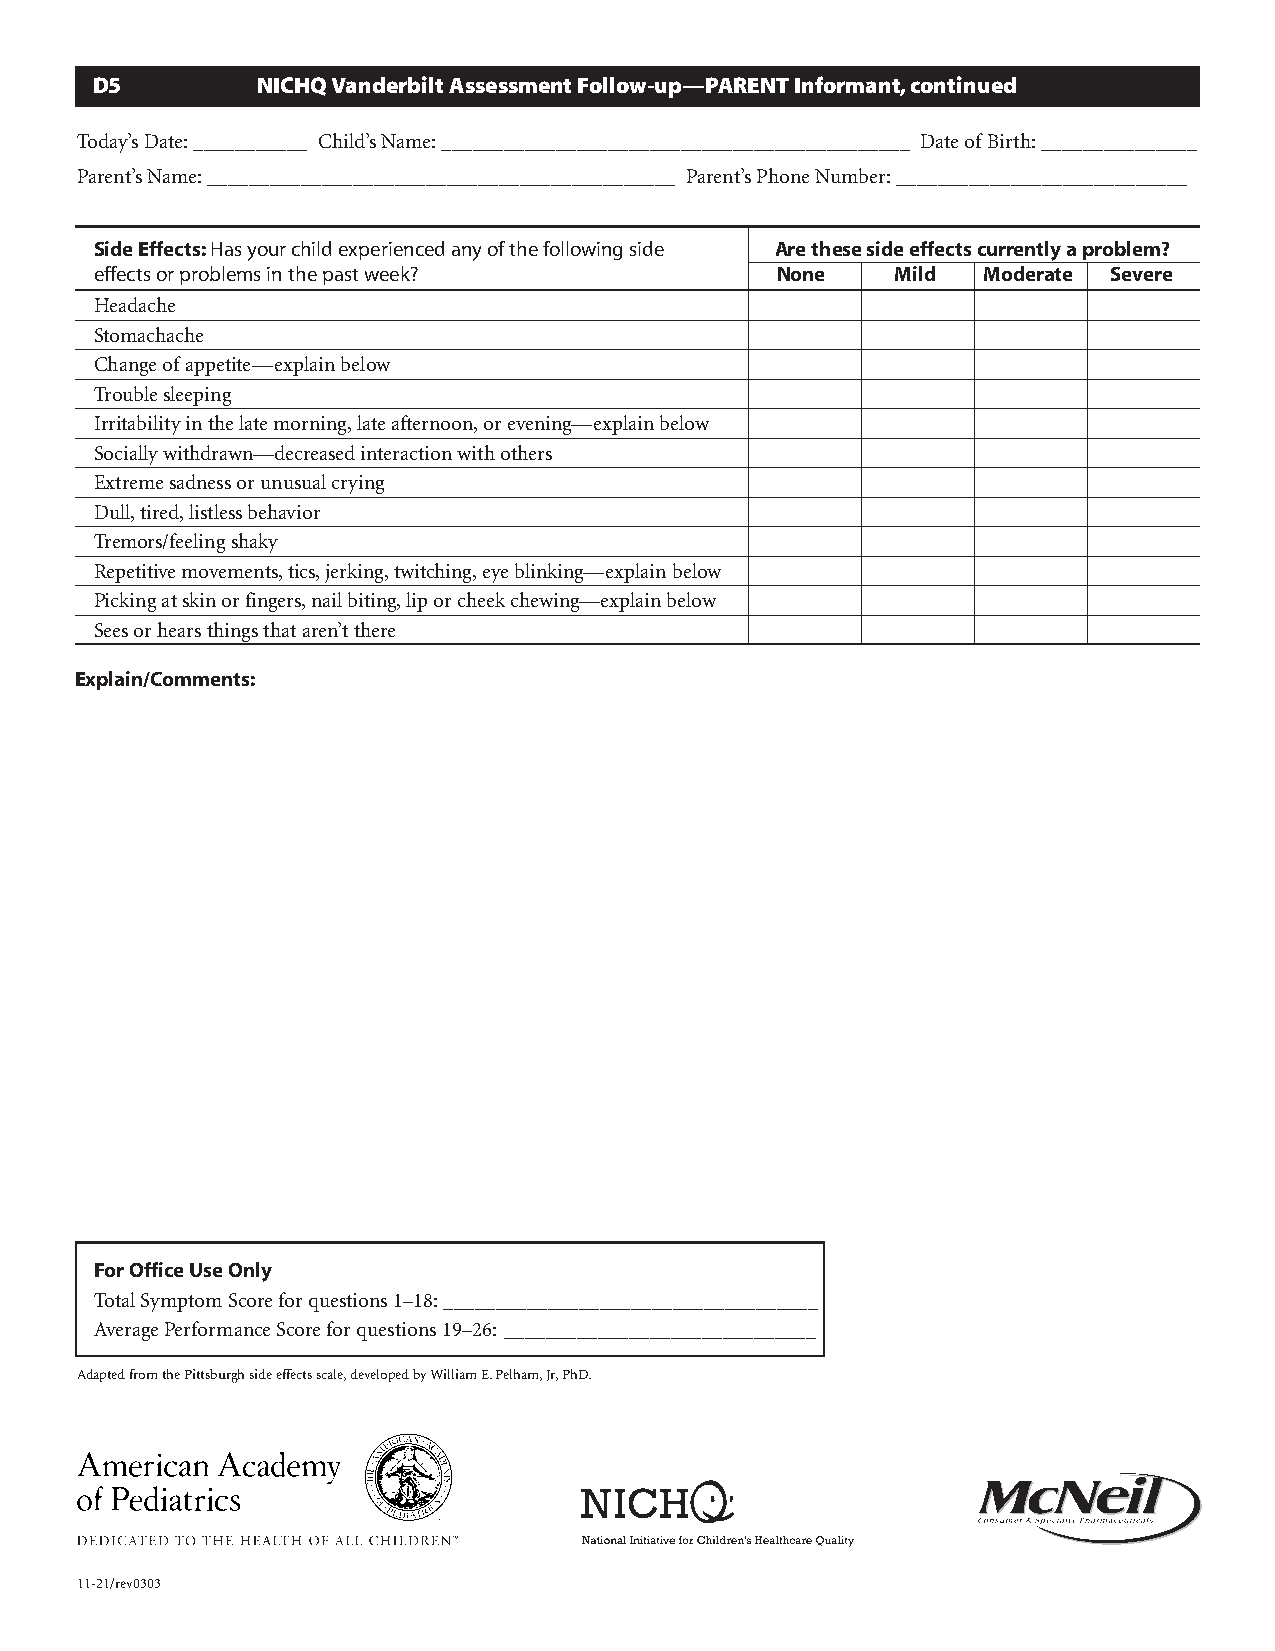
D5         NICHQ Vanderbilt Assessment Follow-up—PARENT Informant,continued
 Today’s Date:___________ Child’s Name:_____________________________________________ Date ofBirth:_______________
 Parent’s Name:_____________________________________________ Parent’s Phone Number:____________________________
 Side Effects:Has your child experienced any of the following side Are these side effects currently a problem?
 effects or problems in the past week?        None    Mild  Moderate Severe
 Headache
 Stomachache
 Change ofappetite—explain below
 Trouble sleeping
 Irritability in the late morning,late afternoon,or evening—explain below
 Socially withdrawn—decreased interaction with others
 Extreme sadness or unusual crying
 Dull,tired,listless behavior
 Tremors/feeling shaky
 Repetitive movements,tics,jerking,twitching,eye blinking—explain below
 Picking at skin or fingers,nail biting,lip or cheek chewing—explain below
 Sees or hears things that aren’t there
 Explain/Comments:
 For Office Use Only
 Total Symptom Score for questions 1–18:____________________________________
 Average Performance Score for questions 19–26: ______________________________
 Adapted from the Pittsburgh side effects scale,developed by William E.Pelham,Jr,PhD.
 11-21/rev0303